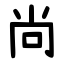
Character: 尚